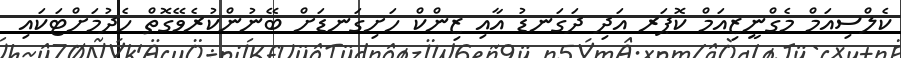
ކެލްސިއަމް މެގްނީޒިއަމް ކޮޕަރ އަދި ދަގަނޑު އާއި ޒިންކް ހަށިގަނޑަށް ބޭނުންކުރެވޭގޮތް ހެދުމަށްޓަކައި